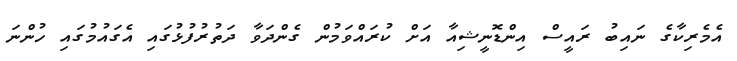
އެެމެރިކާގެ ނައިބު ރައީސް އިންޑޮނީޝިއާ އަށް ކުރައްވަމުން ގެންދަވާ ދަތުރުފުޅުގައި އެގައުމުގައި ހުންނަ